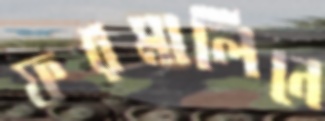
ফরমালিনে